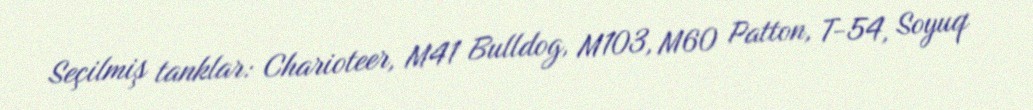
Seçilmiş tanklar: Charioteer, M41 Bulldog, M103, M60 Patton, T-54, Soyuq